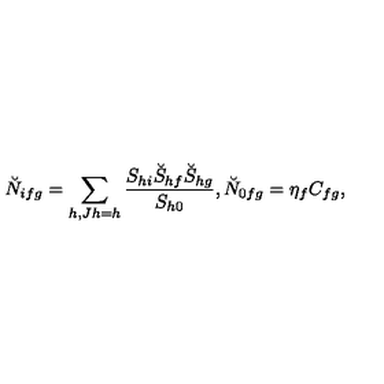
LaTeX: \breve { N } _ { i f g } = \sum _ { h , J h = h } \frac { S _ { h i } \breve { S } _ { h f } \breve { S } _ { h g } } { S _ { h 0 } } , \breve { N } _ { 0 f g } = \eta _ { f } C _ { f g } ,